Document type: Sale
Year: 1461
Scribe: [Unknown]
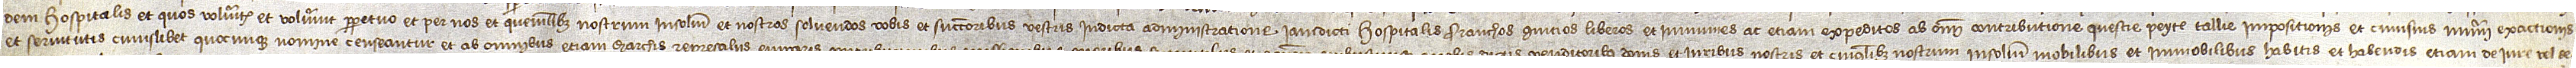
dem hospitalis et quos volueritis et voluerint perpetuo, et per nos et quemlibet nostrum insolidum et nostros solvendos vobis et successoribus vestris in dicta administratione iamdicti hospitalis franchos, quitios, liberos et immunes ac etiam expeditos ab omni contributione, questie, peyte, tallie, impositionis et cuiusvis numeri exactionis